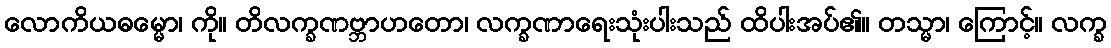
လောကိယဓမ္မော၊ ကို။ တိလက္ခဏဗ္ဘာဟတော၊ လက္ခဏာရေးသုံးပါးသည် ထိပါးအပ်၏။ တသ္မာ၊ ကြောင့်။ လက္ခ